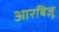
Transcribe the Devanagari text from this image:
आरबिज़ू